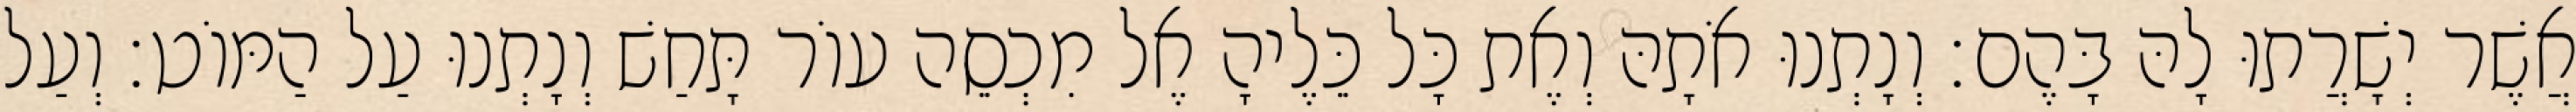
אֲשֶׁר יְשָׁרֲתוּ לָהּ בָּהֶם׃ וְנָתְנוּ אֹתָהּ וְאֶת כָּל כֵּלֶיהָ אֶל מִכְסֵה עוֹר תָּחַשׁ וְנָתְנוּ עַל הַמּוֹט׃ וְעַל